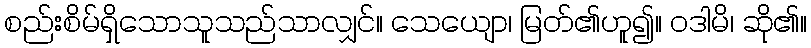
စည်းစိမ်ရှိသောသူသည်သာလျှင်။ သေယျော၊ မြတ်၏ဟူ၍။ ဝဒါမိ၊ ဆို၏။